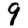
Digit: 9